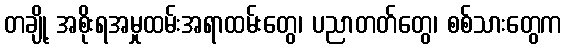
တချို့ အစိုးရအမှုထမ်းအရာထမ်းတွေ၊ ပညာတတ်တွေ၊ စစ်သားတွေက